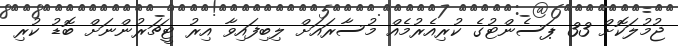
ޖުމުލަކޮށް 33 ޕަސެންޓުގެ ކުރިއެރުމެއް މުސާރައަށް ލިބިފައިވާ އިރު ޓީޗަރުންނަށް ބޮޑު ކުރި